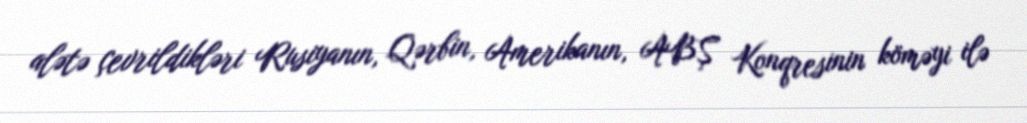
alətə çevrildikləri Rusiyanın, Qərbin, Amerikanın, ABŞ Konqresinin köməyi ilə